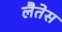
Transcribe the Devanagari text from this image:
लैतेस